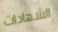
الشهادات